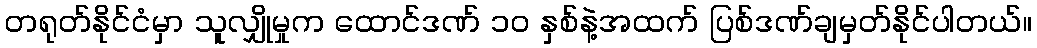
တရုတ်နိုင်ငံမှာ သူလျှိုမှုက ထောင်ဒဏ် ၁၀ နှစ်နဲ့အထက် ပြစ်ဒဏ်ချမှတ်နိုင်ပါတယ်။